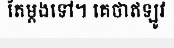
តែម្តងទៅ។ គេថាឥឡូវ